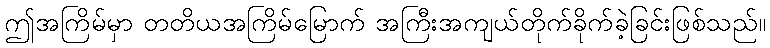
ဤအကြိမ်မှာ တတိယအကြိမ်မြောက် အကြီးအကျယ်တိုက်ခိုက်ခဲ့ခြင်းဖြစ်သည်။